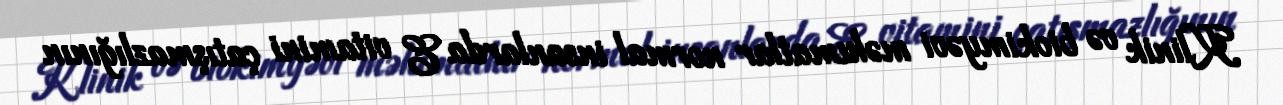
Klinik və biokimyəvi məlumatlar normal insanlarda E vitamini çatışmazlığının